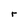
Character: r